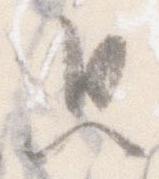
思